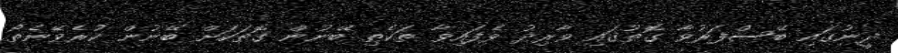
ދީނުގައި ބޭސްފަރުވާ ގޮތުގައި ވާރިދު ވެފައިވާ ތަކެތި ބޭނުން ގޮތަކަށް ބޭނުން ކުރެވޭނެތޯ